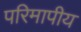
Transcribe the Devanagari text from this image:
परिमापीय